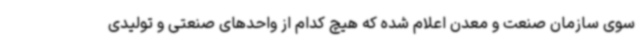
سوی سازمان صنعت و معدن اعلام شده که هیچ کدام از واحدهای صنعتی و تولیدی